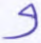
و